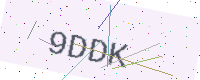
Text: 9DDK